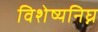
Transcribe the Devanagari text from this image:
विशेष्यनिघ्न